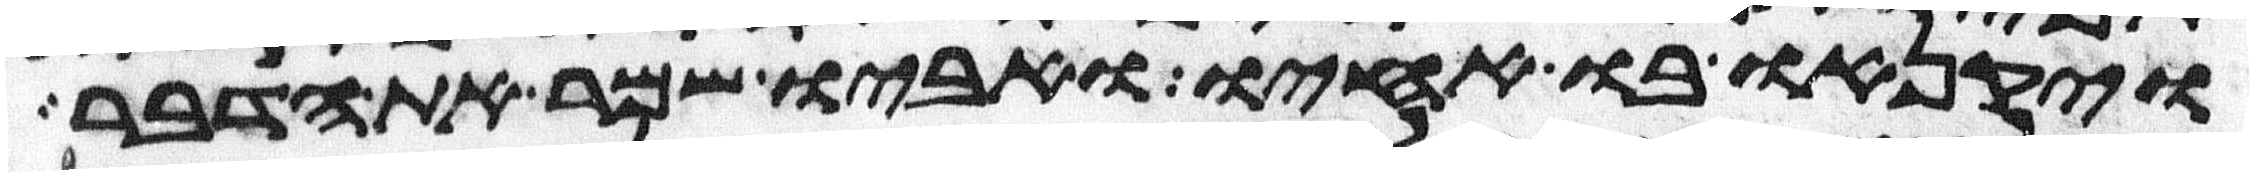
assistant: ויקנאו בו אחיו ואביו שמר את הדבר